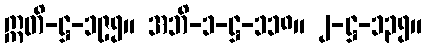
ဣတိ-ဋ္ဌ-၁၉၅။ အဘိ-၁-ဋ္ဌ-၁၁၈။ ၂-ဋ္ဌ-၁၃၅။